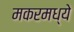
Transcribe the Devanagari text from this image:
मकरमध्ये